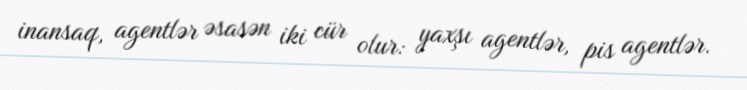
inansaq, agentlər əsasən iki cür olur: yaxşı agentlər, pis agentlər.